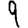
Digit: 9